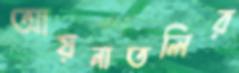
আয়নাতলির